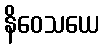
နိဝေသယေ